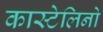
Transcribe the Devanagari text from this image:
कास्टेलिनो